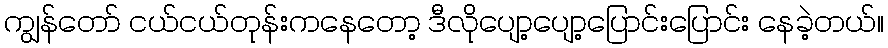
ကျွန်တော် ငယ်ငယ်တုန်းကနေတော့ ဒီလိုပျော့ပျော့ပြောင်းပြောင်း နေခဲ့တယ်။